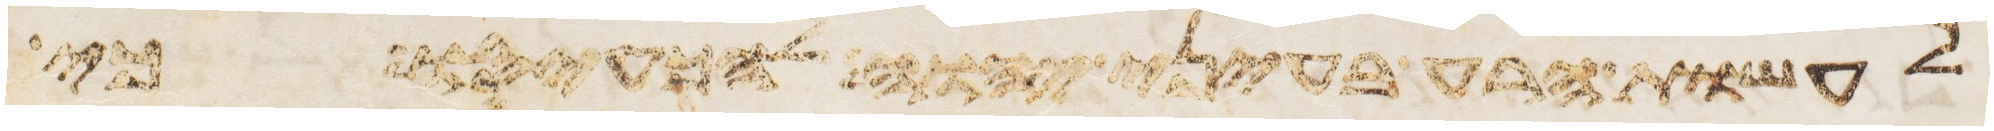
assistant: לעשות הרע בעיני יהוה להכעיסו כי